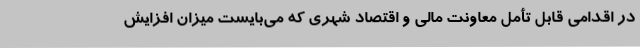
در اقدامی قابل تأمل معاونت مالی و اقتصاد شهری که می‌بایست میزان افزایش